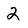
Character: 2